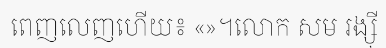
ពេញលេញហើយ៖ «»។លោក សម រង្ស៊ី